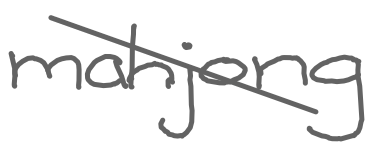
Text: mahjong
Cross-out: diagonal
Writing tool: digital_gray